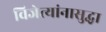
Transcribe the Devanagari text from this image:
विजेत्यांनासुद्धा